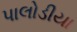
પાલોડીયા